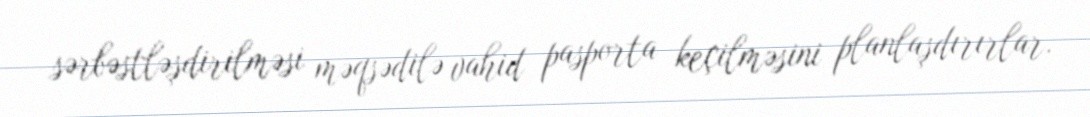
sərbəstləşdirilməsi məqsədilə vahid pasporta keçilməsini planlaşdırırlar.